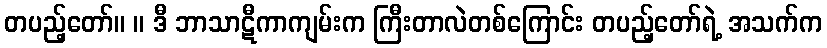
တပည့်တော်။ ။ ဒီ ဘာသာဋီကာကျမ်းက ကြီးတာလဲတစ်ကြောင်း တပည့်တော်ရဲ့ အသက်က